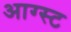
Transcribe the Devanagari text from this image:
आग्‍स्‍ट